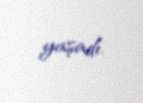
yaşadı.